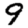
Digit: 9